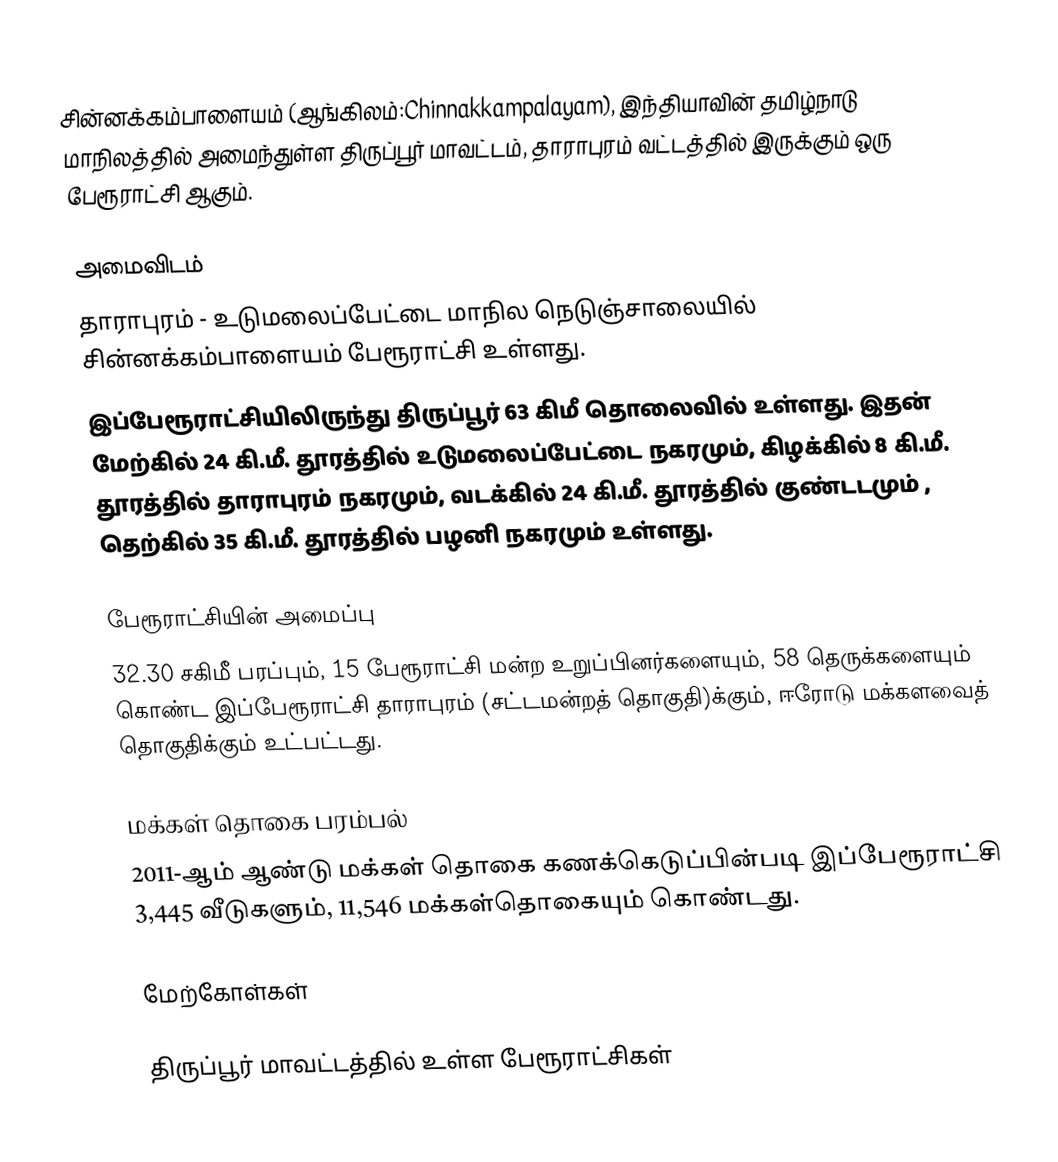
சின்னக்கம்பாளையம் (ஆங்கிலம்:Chinnakkampalayam), இந்தியாவின் தமிழ்நாடு மாநிலத்தில் அமைந்துள்ள திருப்பூர் மாவட்டம், தாராபுரம் வட்டத்தில் இருக்கும் ஒரு பேரூராட்சி ஆகும்.

அமைவிடம்
தாராபுரம் - உடுமலைப்பேட்டை மாநில நெடுஞ்சாலையில் சின்னக்கம்பாளையம் பேரூராட்சி உள்ளது.
இப்பேரூராட்சியிலிருந்து திருப்பூர்  63  கிமீ தொலைவில் உள்ளது. இதன் மேற்கில் 24 கி.மீ. தூரத்தில் உடுமலைப்பேட்டை  நகரமும், கிழக்கில் 8 கி.மீ. தூரத்தில் தாராபுரம் நகரமும், வடக்கில் 24 கி.மீ. தூரத்தில் குண்டடமும் , தெற்கில் 35 கி.மீ. தூரத்தில் பழனி நகரமும்  உள்ளது.

பேரூராட்சியின் அமைப்பு
32.30 சகிமீ பரப்பும்,  15 பேரூராட்சி மன்ற உறுப்பினர்களையும்,   58 தெருக்களையும்   கொண்ட இப்பேரூராட்சி  தாராபுரம்    (சட்டமன்றத் தொகுதி)க்கும், ஈரோடு மக்களவைத் தொகுதிக்கும் உட்பட்டது.

மக்கள் தொகை பரம்பல்
2011-ஆம் ஆண்டு மக்கள் தொகை கணக்கெடுப்பின்படி  இப்பேரூராட்சி   3,445   வீடுகளும், 11,546 மக்கள்தொகையும் கொண்டது.

மேற்கோள்கள்

திருப்பூர் மாவட்டத்தில் உள்ள பேரூராட்சிகள்